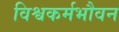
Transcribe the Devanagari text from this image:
विश्वकर्मभौवन